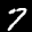
Label: 7